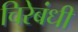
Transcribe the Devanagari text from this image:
चिरेबंधी